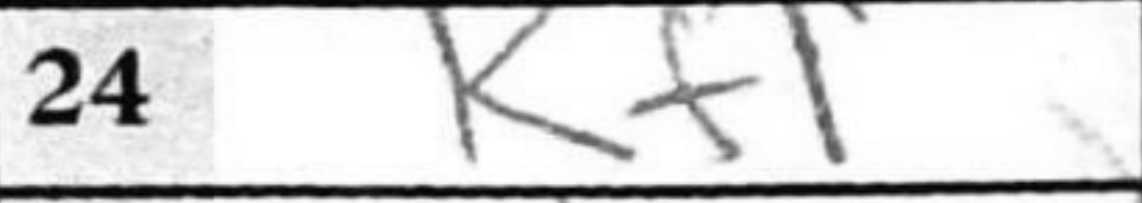
Transcription: Kf1